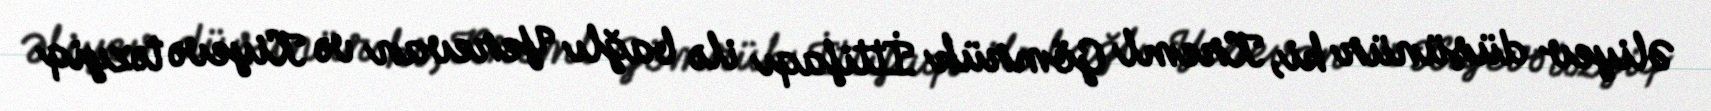
Əliyev düşünür ki, Kreml Gömrük İttifaqı ilə bağlı Yerevan və Kiyevə təzyiq